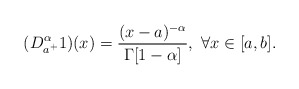
\begin{align*}( D _{a^+}^{\alpha} 1)(x)=\frac{(x-a)^{-\alpha}}{\Gamma[1-\alpha]}, \ \forall x\in [a, b].\end{align*}